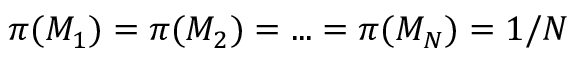
\pi ( { \cal M } _ { 1 } ) = \pi ( { \cal M } _ { 2 } ) = . . . = \pi ( { \cal M } _ { N } ) = 1 / N